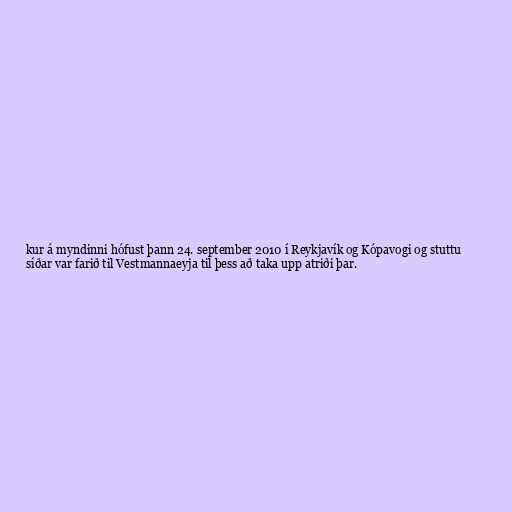
kur á myndinni hófust þann 24. september 2010 í Reykjavík og Kópavogi og stuttu
síðar var farið til Vestmannaeyja til þess að taka upp atriði þar.